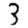
Digit: 3